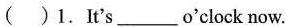
( )1.It's ___ o'clock now.